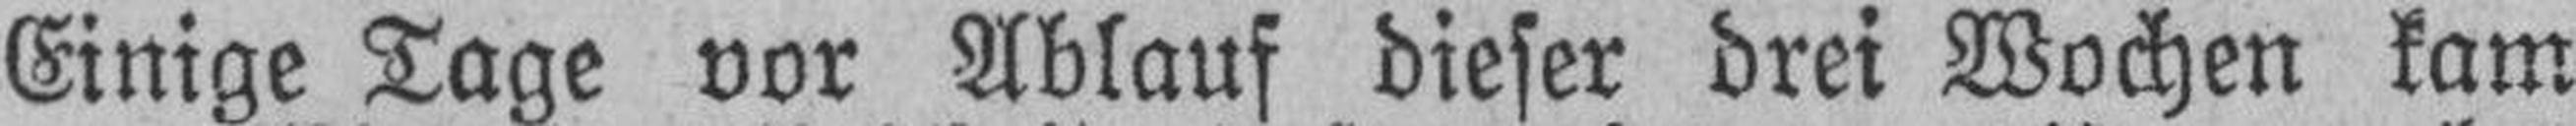
Einige Tage vor Ablauf dieser drei Wochen kam